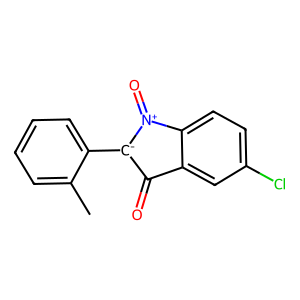
SMILES: Cc1ccccc1[C-]1C(=O)c2cc(Cl)ccc2[N+]1=O
Inhibits HIV replication: No